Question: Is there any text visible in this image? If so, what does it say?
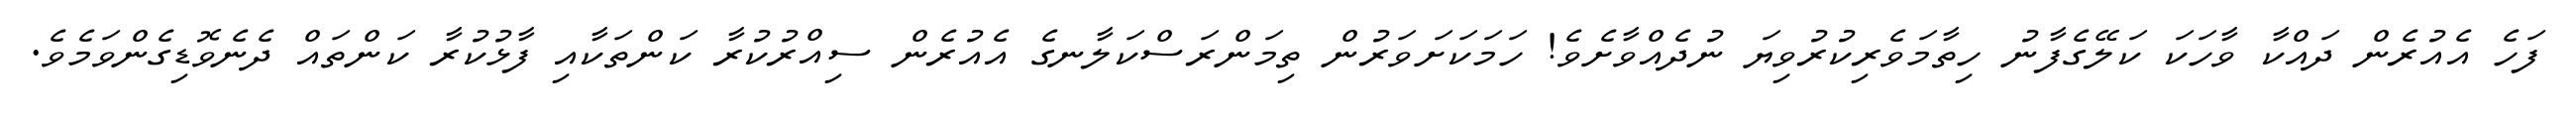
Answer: ފަހެ އެއުރެން ދައްކާ ވާހަކަ ކަލޭގެފާނު ހިތާމަވެރިކުރުވިޔަ ނުދެއްވާށެވެ! ހަމަކަށަވަރުން ތިމަންރަސްކަލާނގެ އެއުރެން ސިއްރުކުރާ ކަންތަކާއި ފާޅުކުރާ ކަންތައް ދެނެވޮޑިގެންވަމެވެ.